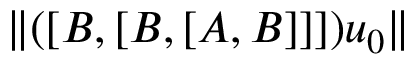
\| ( [ B , [ B , [ A , B ] ] ] ) u _ { 0 } \|